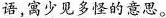
语，寓少见多怪的意思。